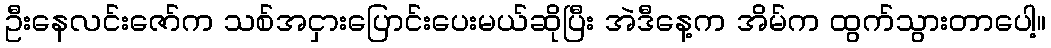
ဦးနေလင်းဇော်က သစ်အငှားပြောင်းပေးမယ်ဆိုပြီး အဲဒီနေ့က အိမ်က ထွက်သွားတာပေါ့။